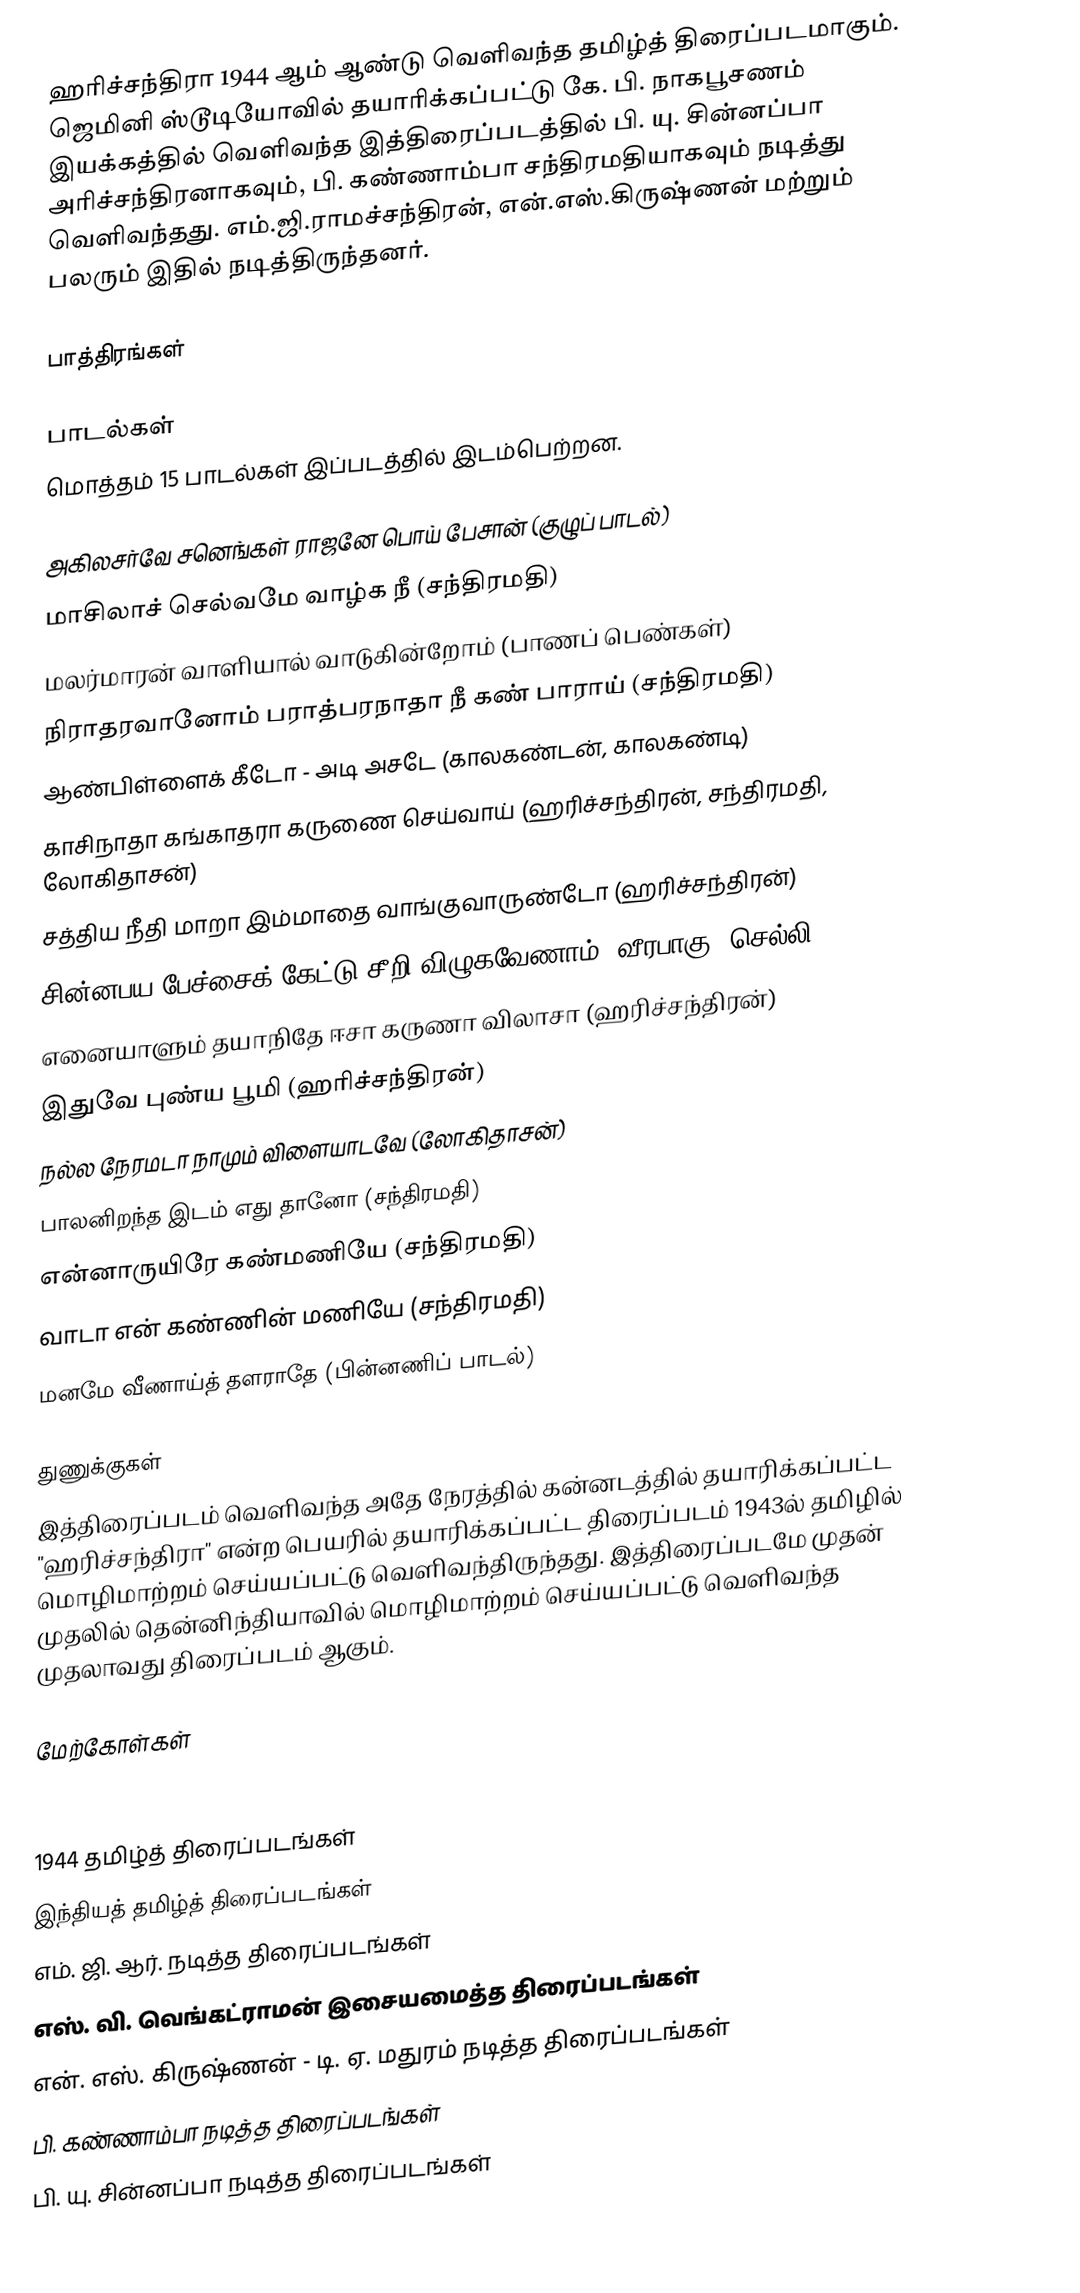
ஹரிச்சந்திரா 1944 ஆம் ஆண்டு வெளிவந்த தமிழ்த் திரைப்படமாகும். ஜெமினி ஸ்டூடியோவில் தயாரிக்கப்பட்டு கே. பி. நாகபூசணம் இயக்கத்தில் வெளிவந்த இத்திரைப்படத்தில் பி. யு. சின்னப்பா அரிச்சந்திரனாகவும், பி. கண்ணாம்பா சந்திரமதியாகவும் நடித்து வெளிவந்தது. எம்.ஜி.ராமச்சந்திரன், என்.எஸ்.கிருஷ்ணன் மற்றும் பலரும் இதில் நடித்திருந்தனர்.

பாத்திரங்கள்

பாடல்கள்
மொத்தம் 15 பாடல்கள் இப்படத்தில் இடம்பெற்றன.

 அகிலசர்வே சனெங்கள் ராஜனே பொய் பேசான் (குழுப் பாடல்)
 மாசிலாச் செல்வமே வாழ்க நீ (சந்திரமதி)
 மலர்மாரன் வாளியால் வாடுகின்றோம் (பாணப் பெண்கள்)
 நிராதரவானோம் பராத்பரநாதா நீ கண் பாராய் (சந்திரமதி)
 ஆண்பிள்ளைக் கீடோ - அடி அசடே (காலகண்டன், காலகண்டி)
 காசிநாதா கங்காதரா கருணை செய்வாய் (ஹரிச்சந்திரன், சந்திரமதி, லோகிதாசன்)
 சத்திய நீதி மாறா இம்மாதை வாங்குவாருண்டோ (ஹரிச்சந்திரன்)
 சின்னபய பேச்சைக் கேட்டு சீறி விழுகவேணாம் (வீரபாகு, செல்லி)
 எனையாளும் தயாநிதே ஈசா கருணா விலாசா (ஹரிச்சந்திரன்)
 இதுவே புண்ய பூமி (ஹரிச்சந்திரன்)
 நல்ல நேரமடா நாமும் விளையாடவே (லோகிதாசன்)
 பாலனிறந்த இடம் எது தானோ (சந்திரமதி)
 என்னாருயிரே கண்மணியே (சந்திரமதி)
 வாடா என் கண்ணின் மணியே (சந்திரமதி)
 மனமே வீணாய்த் தளராதே (பின்னணிப் பாடல்)

துணுக்குகள்
இத்திரைப்படம் வெளிவந்த அதே நேரத்தில் கன்னடத்தில் தயாரிக்கப்பட்ட "ஹரிச்சந்திரா" என்ற பெயரில் தயாரிக்கப்பட்ட திரைப்படம் 1943ல் தமிழில் மொழிமாற்றம் செய்யப்பட்டு வெளிவந்திருந்தது. இத்திரைப்படமே முதன் முதலில் தென்னிந்தியாவில் மொழிமாற்றம் செய்யப்பட்டு வெளிவந்த முதலாவது திரைப்படம் ஆகும்.

மேற்கோள்கள்

1944 தமிழ்த் திரைப்படங்கள்
இந்தியத் தமிழ்த் திரைப்படங்கள்
எம். ஜி. ஆர். நடித்த திரைப்படங்கள்
எஸ். வி. வெங்கட்ராமன் இசையமைத்த திரைப்படங்கள்
என். எஸ். கிருஷ்ணன் - டி. ஏ. மதுரம் நடித்த திரைப்படங்கள்
பி. கண்ணாம்பா நடித்த திரைப்படங்கள்
பி. யு. சின்னப்பா நடித்த திரைப்படங்கள்